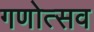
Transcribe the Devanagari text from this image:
गणोत्सव